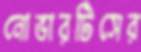
নোভারটিসের